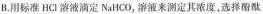
B.用标准HCl溶液滴定NaHCO_{3}溶液来测定其浓度，选择酚酞